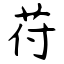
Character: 苻